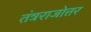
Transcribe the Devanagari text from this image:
तंत्रराजोत्तर